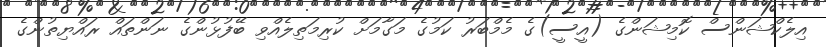
އިލެކްޝަންސް ކޮމިޝަންގެ (އީސީ)ގެ މެމްބަރު ކަމުގެ މަގާމަށް ކުރިމަތިލެއްވި ބޭފުޅުންގެ ނަންތައް ރައްޔިތުންގެ